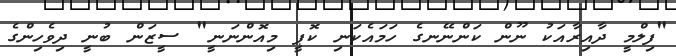
"ފިލްމީ ދާއިރާއަކު ނޫން ކަންނޭނގެ ހަމައެކަނި ކޮޕީ މިއޮންނަނީ" ސީޒަން ބުނީ ދިވެހިންގެ